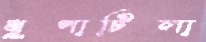
ধূপাটিলা